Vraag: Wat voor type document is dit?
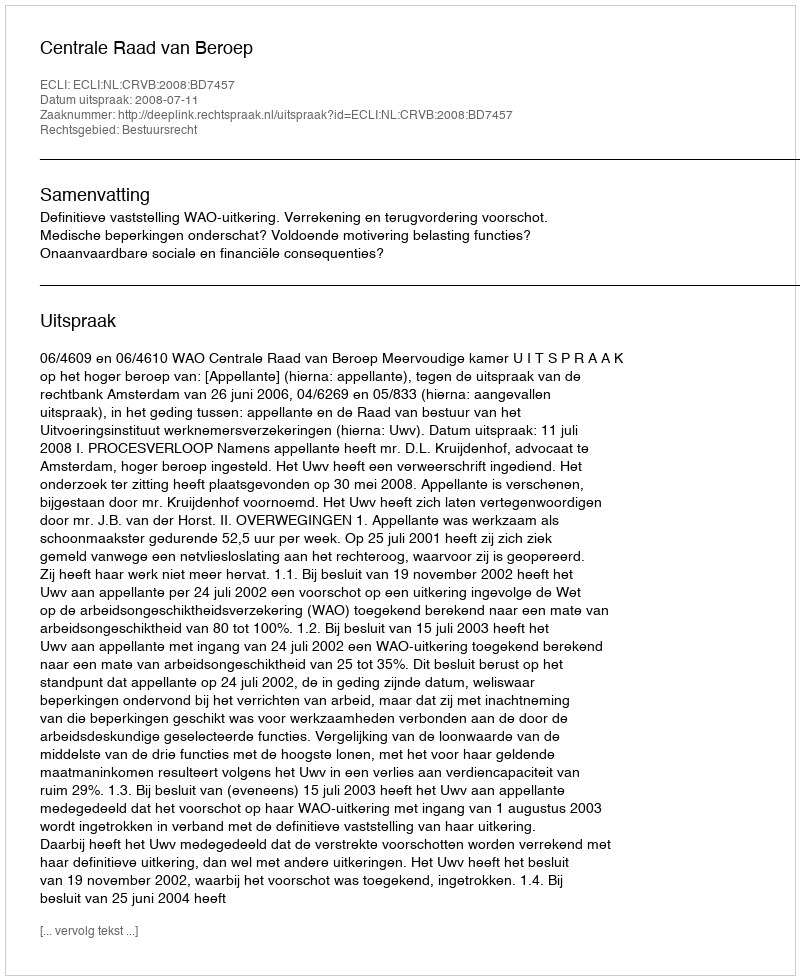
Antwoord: Uitspraak